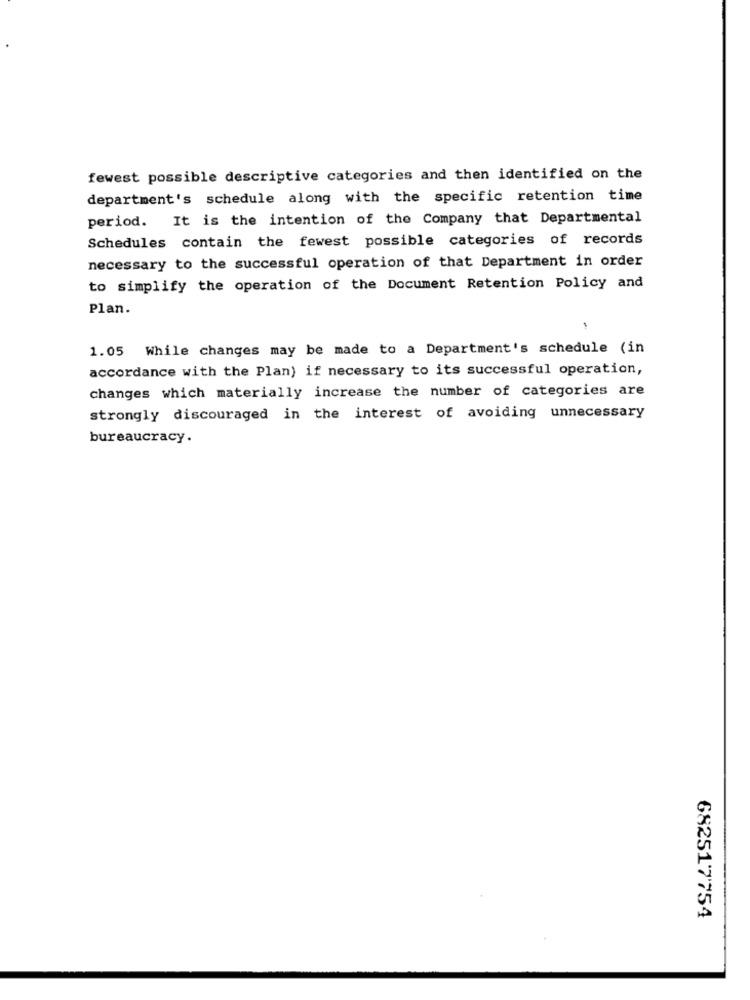
fewest possible descriptive categories and then identified on the
department's schedule along with the specific retention time
period. It is the intention of the Company that Departmental
Schedules contain the fewest possible categories of records
necessary to the successful operation of that Department in order
to simplify the operation of the Document Retention Policy and
Plan.
1.05 While changes may be made to a Department's schedule (in
accordance with the Plan) if necessary to its successful operation,
changes which materially increase the number of categories are
strongly discouraged in the interest of avoiding unnecessary
bureaucracy.
682517754